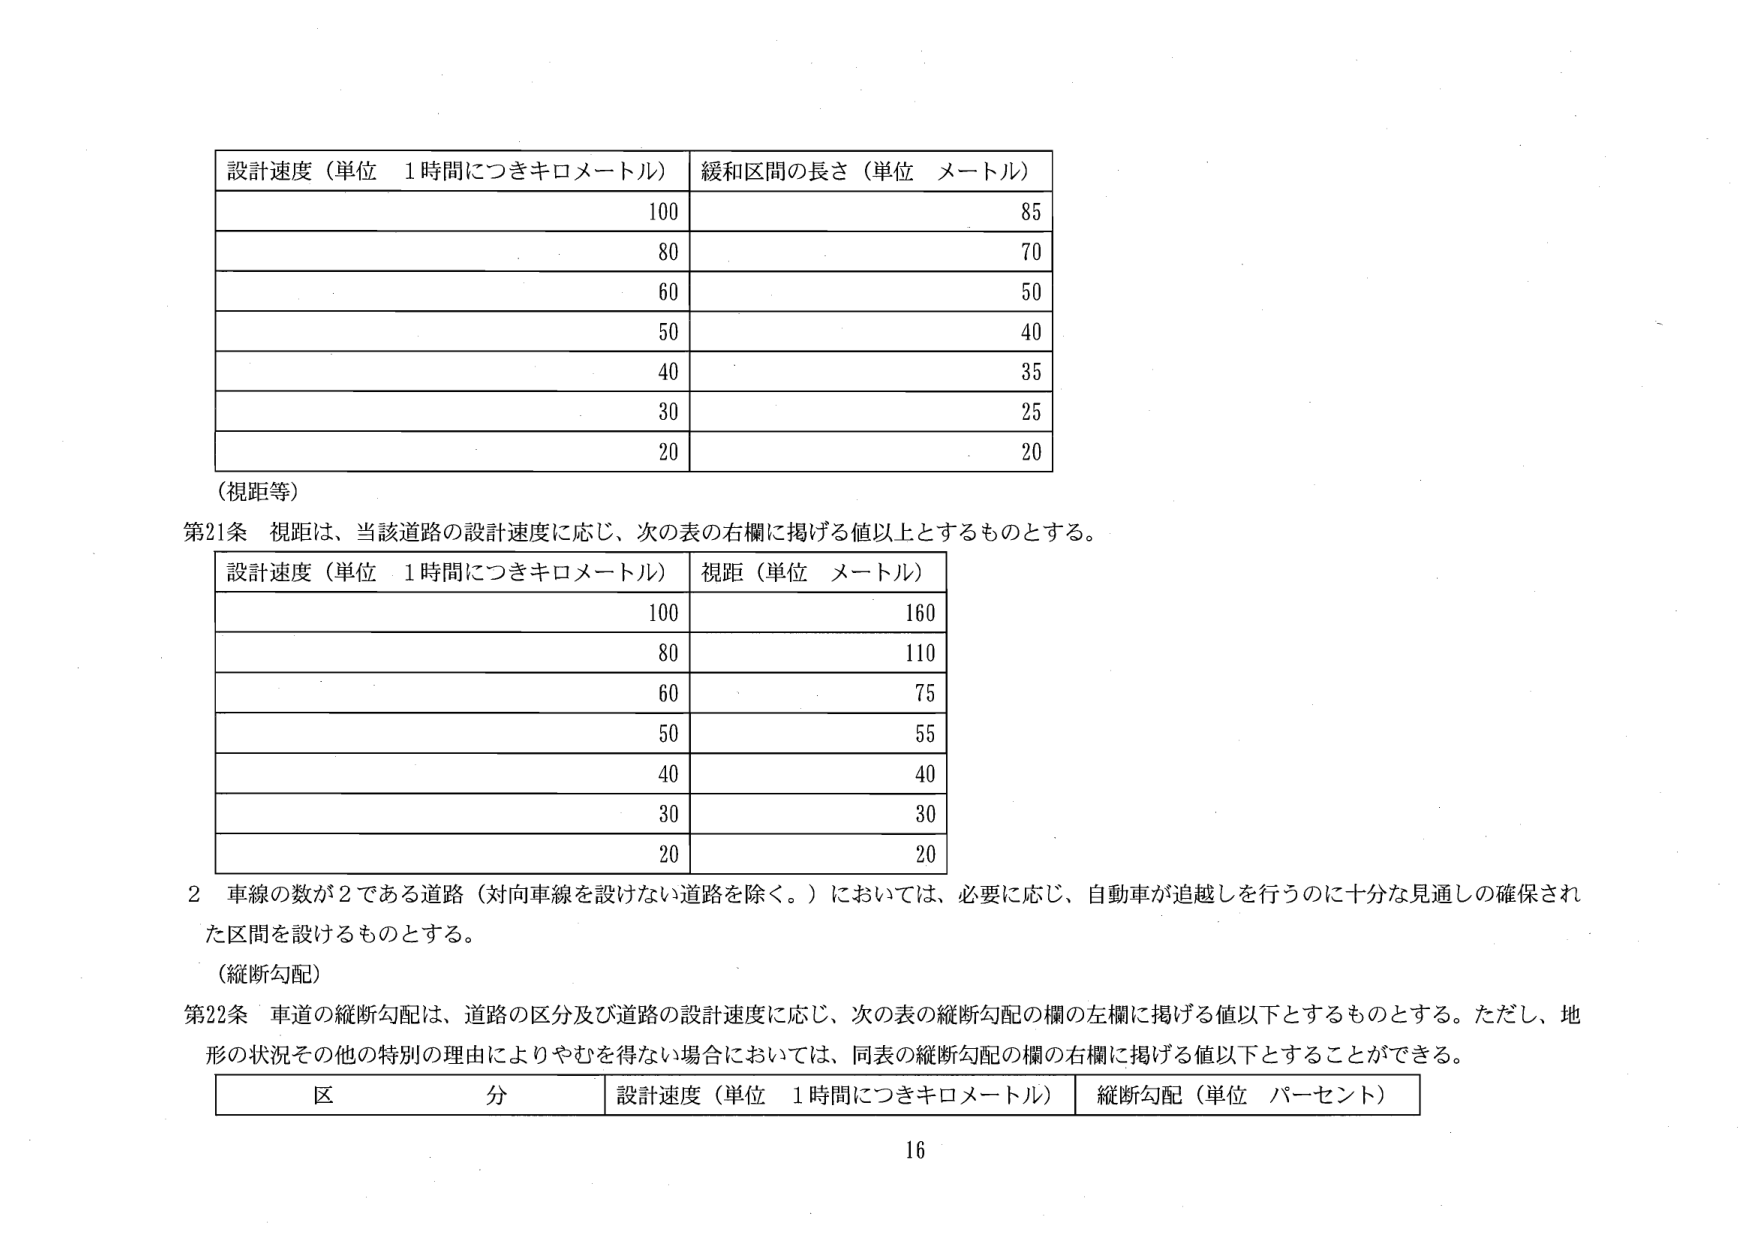
設計速度（単位　1時間につきキロメートル）　緩和区間の長さ（単位　メートル）
100　85
80　70
60　50
50　40
40　35
30　25
20　20
（視距等）
第21条　視距は、当該道路の設計速度に応じ、次の表の右欄に掲げる値以上とするものとする。
設計速度（単位　1時間につきキロメートル）　視距（単位　メートル）
100　160
80　110
60　75
50　55
40　40
30　30
20　20
2　車線の数が2である道路（対向車線を設けない道路を除く。）においては、必要に応じ、自動車が追越しを行うのに十分な見通しの確保された区間を設けるものとする。
（縦断勾配）
第22条　車道の縦断勾配は、道路の区分及び道路の設計速度に応じ、次の表の縦断勾配の欄の左欄に掲げる値以下とするものとする。ただし、地形の状況その他の特別の理由によりやむを得ない場合においては、同表の縦断勾配の欄の右欄に掲げる値以下とすることができる。
区分　設計速度（単位　1時間につきキロメートル）　縦断勾配（単位　パーセント）
16